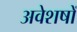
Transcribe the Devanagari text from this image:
अवेशषों